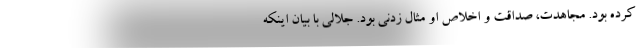
کرده بود. مجاهدت، صداقت و اخلاص او مثال زدنی بود. جلالی با بیان اینکه